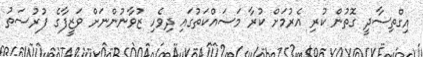
އިގްތިސާދީ ގޮތުން ކުރި އެރުމަށް ކުރާ މަސައްކަތުގައި ދިވެހި ޒުވާނުންނަށް ވަޒީފާގެ ފުރުސަތު